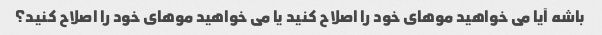
باشه آیا می خواهید موهای خود را اصلاح کنید یا می خواهید موهای خود را اصلاح کنید؟